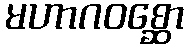
မဟာဂဝစ္ဆော